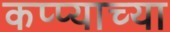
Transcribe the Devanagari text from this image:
कप्प्याच्या